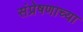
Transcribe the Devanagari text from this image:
संप्रेषणाच्या